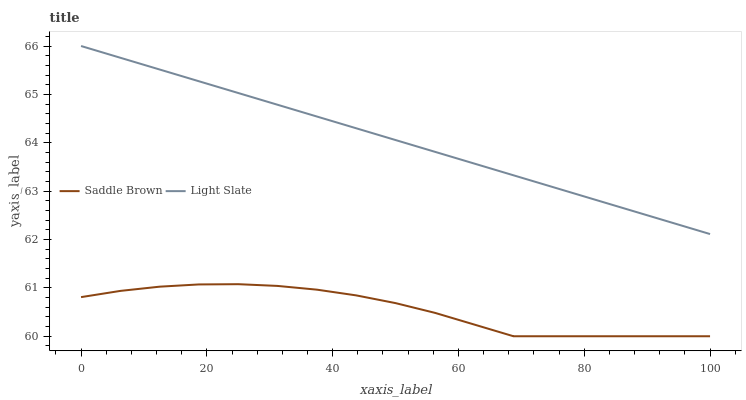
| xaxis_label | Saddle Brown | Light Slate |
 | --- | --- | --- |
 | 0 | 60.8 | 66 |
 | 6.25 | 60.9 | 65.8 |
 | 12.5 | 61 | 65.5 |
 | 18.8 | 61.1 | 65.3 |
 | 25 | 61.1 | 65 |
 | 31.2 | 61 | 64.8 |
 | 37.5 | 61 | 64.5 |
 | 43.8 | 60.8 | 64.3 |
 | 50 | 60.7 | 64.1 |
 | 56.2 | 60.5 | 63.8 |
 | 62.5 | 60.2 | 63.6 |
 | 68.8 | 60 | 63.3 |
 | 75 | 60 | 63.1 |
 | 81.2 | 60 | 62.8 |
 | 87.5 | 60 | 62.6 |
 | 93.8 | 60 | 62.4 |
 | 100 | 60 | 62.1 |